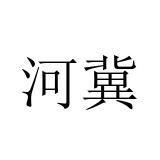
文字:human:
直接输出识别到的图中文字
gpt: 河冀